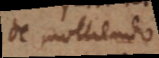
De molliendo